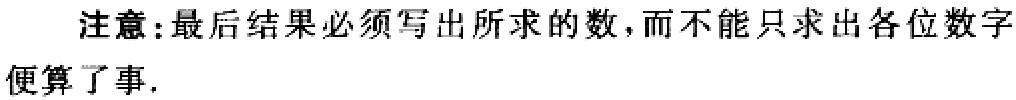
注意：最后结果必须写出所求的数，而不能只求出各位数字便算了事.